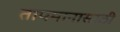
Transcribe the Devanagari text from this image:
तापमानासाठी